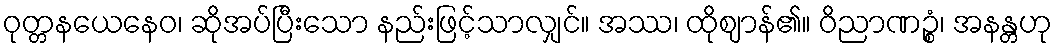
ဝုတ္တနယေနေဝ၊ ဆိုအပ်ပြီးသော နည်းဖြင့်သာလျှင်။ အဿ၊ ထိုဈာန်၏။ ဝိညာဏဉ္စံ၊ အနန္တဟု